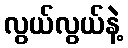
လွယ်လွယ်နဲ့